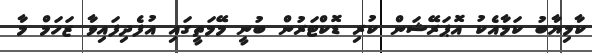
ކާމިޔާބު ކަމާއެކު އޮޕަރޭޝަން ކުރި ޑޮކްޓަރުން ބުނީ މޭމަތީގައި އުފެދިފައިވާ ޒަހަމް މާ